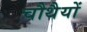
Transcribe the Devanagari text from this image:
चौथैयों